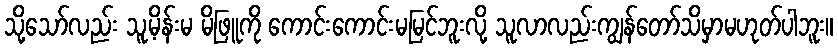
သို့သော်လည်း သူ့မိန်းမ မိဖြူကို ကောင်းကောင်းမမြင်ဘူးလို့ သူလာလည်းကျွန်တော်သိမှာမဟုတ်ပါဘူး။